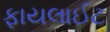
ફાયલાઈટ